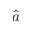
\hat { a }